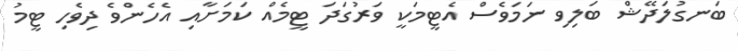
ބަނގުލަދޭޝް ބަލިވި ނަމަވެސް އެޓީމަކީ ވަރުގަދަ ޓީމެއް ކަމަށާއި އެހެންވެ ދިވެހި ޓީމު